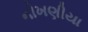
નોખણીયા